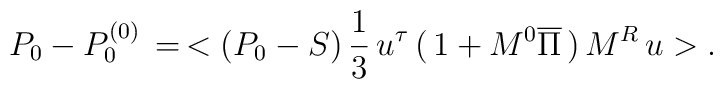
P_0-P_0^{(0)}\,=\,<(P_0-S)\,{1\over3}\,u^{\tau}\,(\,1+M^0\overline\Pi\,)\,M^R\,u>.